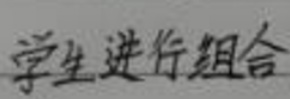
学生进行组合